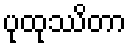
ပုထုဿိတာ